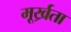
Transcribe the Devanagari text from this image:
मूर्ख्रता